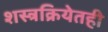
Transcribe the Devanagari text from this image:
शस्त्रक्रियेतही